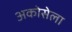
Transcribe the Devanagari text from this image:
अकोसेला